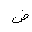
Letter: _dad